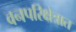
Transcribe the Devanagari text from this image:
वनपरिक्षेत्रात